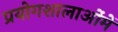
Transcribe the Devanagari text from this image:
प्रयोगशालाओंमें